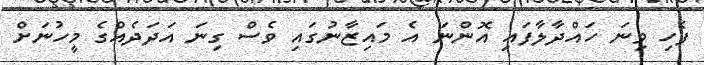
ފެހި ވިނަ ހައްދާލާފައި އޮންނަ އެ މައިޒާނުގައި ވެސް ގިނަ އަދަދެއްގެ މީހުނަށް